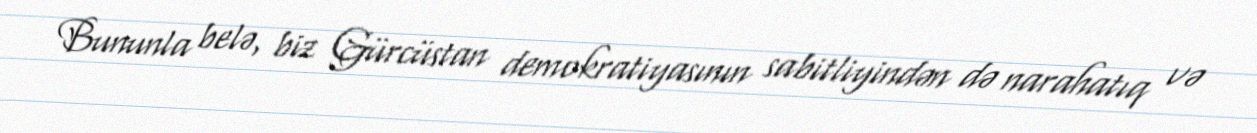
Bununla belə, biz Gürcüstan demokratiyasının sabitliyindən də narahatıq və